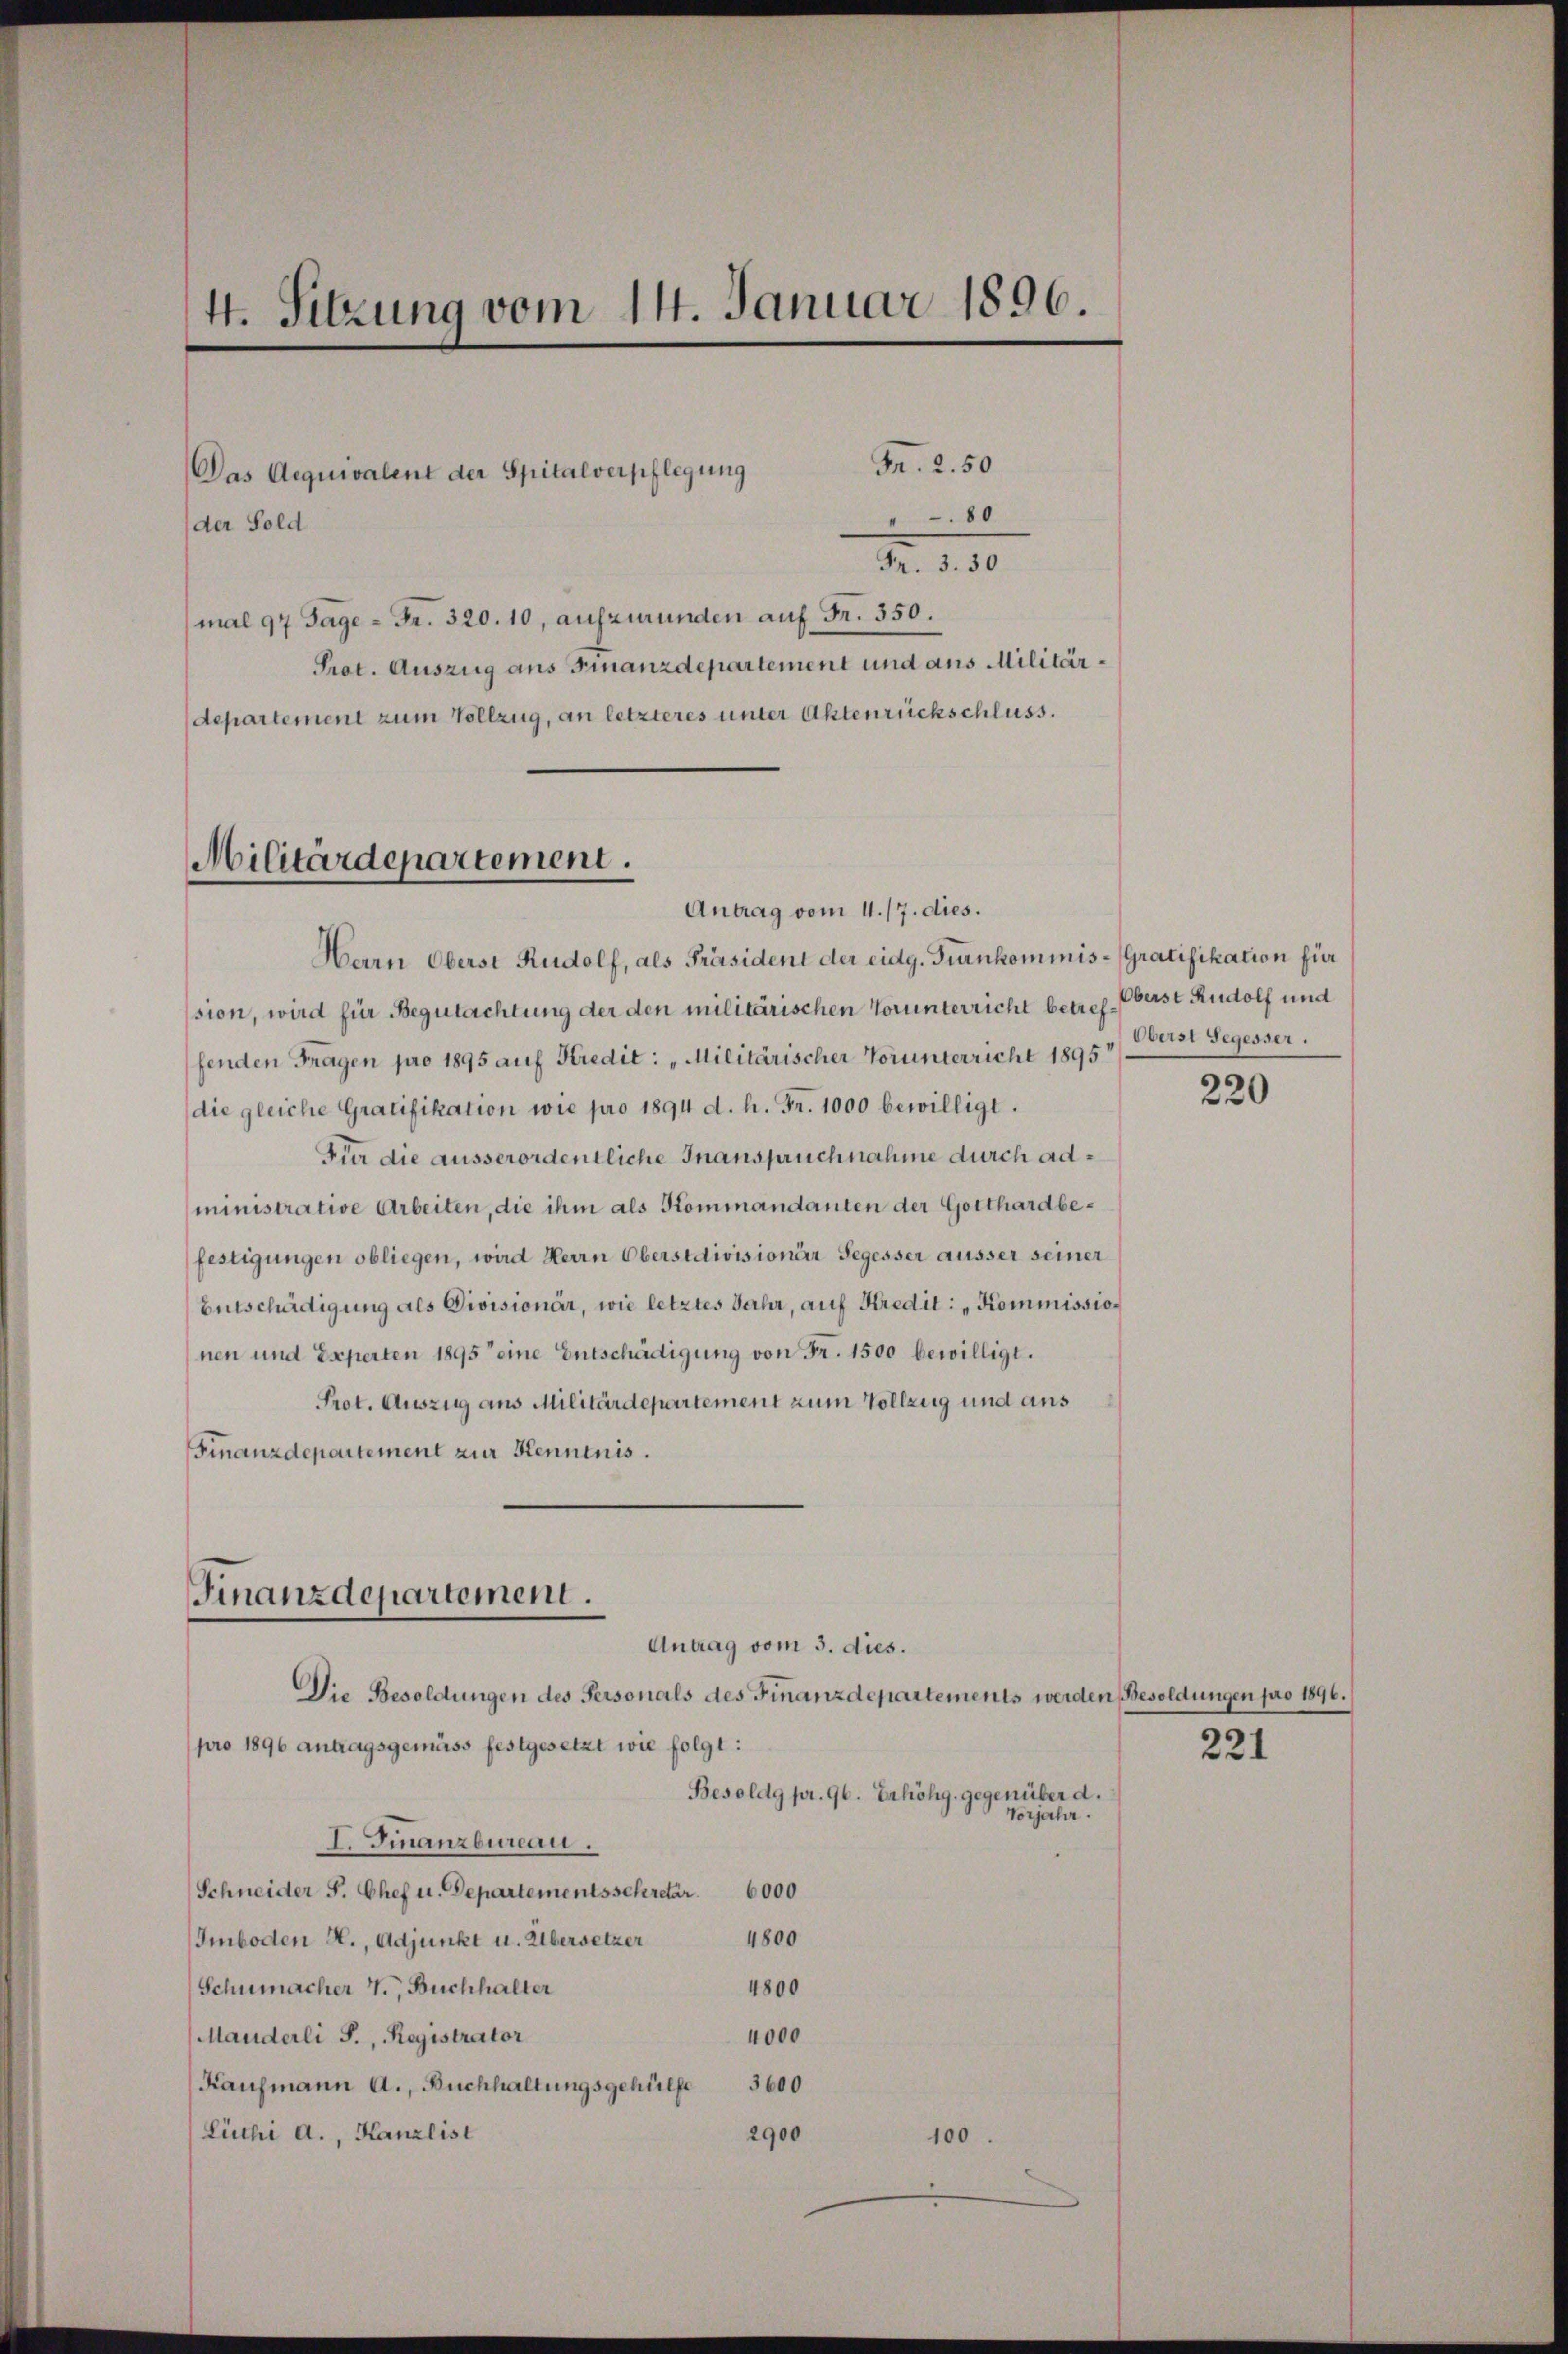
4. Sitzung vom 14. Januar 1896.

Das Aequivalent der Spitalverpflegung
der Sold
(mal 97 Tage - Fr. 320. 10, aufzmunden auf Fr. 350.

Fr. 2.50
80
Nr. 10
Prot. Auszug aus Finanzdepartement und aus Militärdepartement zum Vollzug, an letzteres unter Aktenrückschluss.

Militärdepartement.
Antrag vom 4. 17. dies.

Finanzdepartement.
Antrag vom 3. dies.

Hern Oberst Rudolf, als Präsident der eidg. Frankommnis - Gratifikation für
ssion, wird für Begutachtung der den militärischen Vorunterricht betref Oberst Rudolf und
fenden Fragen pro 1895 auf Kredit: „Militärischer Vorunterricht 1895 v. Frist Segesser.
die gleiche Gratifikation wie pro 1894 d. h. Fr. 1000 bewilligt.
Für die ausserordentliche Inanspruchnahme durch administrative Arbeiten, die ihm als Kommandanten der Gotthardbefestigungen obliegen, wird Herrn Oberstdivisioner Segesser äusser seiner
Entschädigung als Divisionär, wie letztes Jahr, auf Kredit: „Kommissionen und Experten 1895 eine Entschädigung von Fr. 1500 bewilligt.
Prot. Auszug aus Militärdepartement zum Vollzug und aus
Finanzdepartement zur Kenntnis.

Die Besoldungen des Personals des Finanzdepartements werden Besoldungen pro 1896.
pro 1896 antragsgemäss festgesetzt wie folgt:
Besoldg pr. 96. Erhöhg. gegenüber d.
Vorjahr.
I. Finanzbureau.
Schneider S. Chef u. Departementssekretär. 6000
4800
Imboden H., Adjunkt u. Übersetzer
Schumacher V., Buchhalter
4800
4000
Manderli J., Registrator
Kaufmann a., Buchhaltungsgehülfe
3600
Lüchi a., Kanzlist
2900
100.

220

221